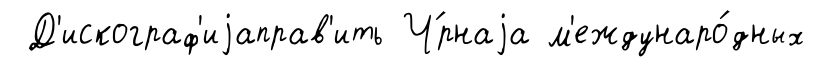
Д'искограф'иjаправ'ить Ч́рнаjа м'еждунаро́дных